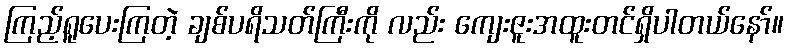
ကြည့်ရူပေးကြတဲ့ ချစ်ပရိသတ်ကြီးကို လည်း ကျေးဇူးအထူးတင်ရှိပါတယ်နော်။